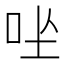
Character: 𪠶